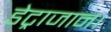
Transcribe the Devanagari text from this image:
डेट्राजान।